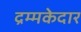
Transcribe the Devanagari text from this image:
द्रम्मकेदार